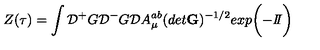
Z ( \tau ) = \int { \cal D } { ^ + } G { \cal D } { ^ - } G { \cal D } A _ { \mu } ^ { a b } ( d e t { \bf G } ) ^ { - 1 / 2 } e x p \bigg ( { - { I \! \! I } } \bigg )